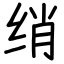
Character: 绡